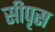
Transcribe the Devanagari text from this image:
सीपृस